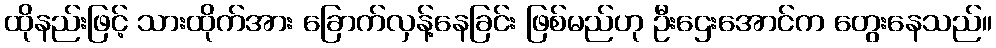
ထိုနည်းဖြင့် သားထိုက်အား ခြောက်လှန့်နေခြင်း ဖြစ်မည်ဟု ဦးဌေးအောင်က တွေးနေသည်။